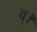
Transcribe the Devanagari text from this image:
व्।